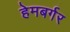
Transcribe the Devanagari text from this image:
हेमबर्गर